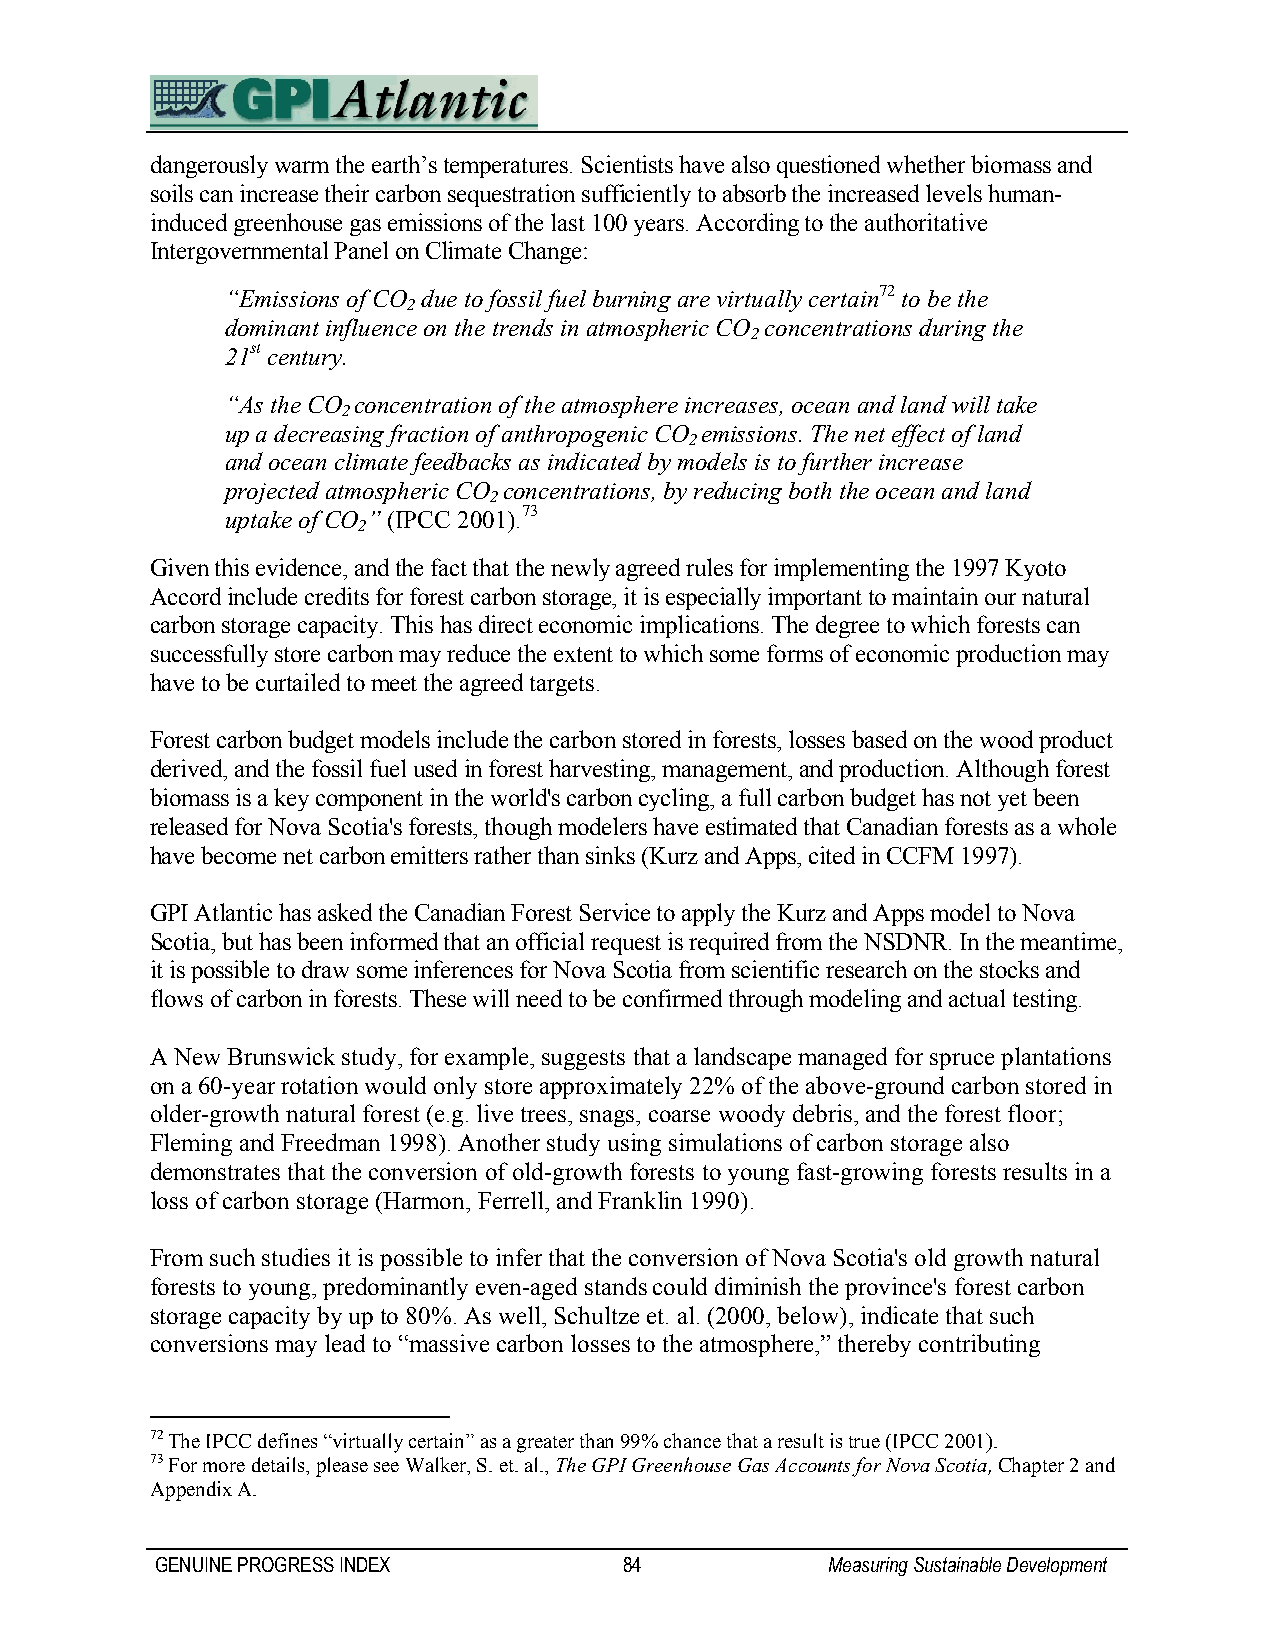
dangerously warm the earth’s temperatures. Scientists have also questioned whether biomass and
 soils can increase their carbon sequestration sufficiently to absorb the increased levels human-
 induced greenhouse gas emissions of the last 100 years. According to the authoritative
 Intergovernmental Panel on Climate Change:
 “Emissions of CO due to fossil fuel burning are virtually certain72 to be the
 2
 dominant influence on the trends in atmospheric CO concentrations during the
 2
 21st century.
 “As the CO concentration of the atmosphere increases, ocean and land will take
 2
 up a decreasing fraction of anthropogenic CO emissions. The net effect of land
 2
 and ocean climate feedbacks as indicated by models is to further increase
 projected atmospheric CO concentrations, by reducing both the ocean and land
 2
 uptake of CO ” (IPCC 2001).73
 2
 Given this evidence, and the fact that the newly agreed rules for implementing the 1997 Kyoto
 Accord include credits for forest carbon storage, it is especially important to maintain our natural
 carbon storage capacity. This has direct economic implications. The degree to which forests can
 successfully store carbon may reduce the extent to which some forms of economic production may
 have to be curtailed to meet the agreed targets.
 Forest carbon budget models include the carbon stored in forests, losses based on the wood product
 derived, and the fossil fuel used in forest harvesting, management, and production. Although forest
 biomass is a key component in the world's carbon cycling, a full carbon budget has not yet been
 released for Nova Scotia's forests, though modelers have estimated that Canadian forests as a whole
 have become net carbon emitters rather than sinks (Kurz and Apps, cited in CCFM 1997).
 GPI Atlantic has asked the Canadian Forest Service to apply the Kurz and Apps model to Nova
 Scotia, but has been informed that an official request is required from the NSDNR. In the meantime,
 it is possible to draw some inferences for Nova Scotia from scientific research on the stocks and
 flows of carbon in forests. These will need to be confirmed through modeling and actual testing.
 A New Brunswick study, for example, suggests that a landscape managed for spruce plantations
 on a 60-year rotation would only store approximately 22% of the above-ground carbon stored in
 older-growth natural forest (e.g. live trees, snags, coarse woody debris, and the forest floor;
 Fleming and Freedman 1998). Another study using simulations of carbon storage also
 demonstrates that the conversion of old-growth forests to young fast-growing forests results in a
 loss of carbon storage (Harmon, Ferrell, and Franklin 1990).
 From such studies it is possible to infer that the conversion of Nova Scotia's old growth natural
 forests to young, predominantly even-aged stands could diminish the province's forest carbon
 storage capacity by up to 80%. As well, Schultze et. al. (2000, below), indicate that such
 conversions may lead to “massive carbon losses to the atmosphere,” thereby contributing
 72 The IPCC defines “virtually certain” as a greater than 99% chance that a result is true (IPCC 2001).
 73 For more details, please see Walker, S. et. al., The GPI Greenhouse Gas Accounts for Nova Scotia, Chapter 2 and
 Appendix A.
 GENUINE PROGRESS INDEX         84            Measuring Sustainable Development